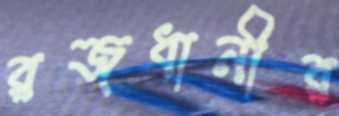
রজধানীর